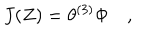
J ( Z ) = \theta ^ { ( 3 ) } \Phi \quad ,